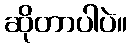
ဆိုတာပါပဲ။